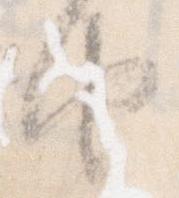
由